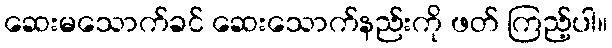
ဆေးမသောက်ခင် ဆေးသောက်နည်းကို ဖတ် ကြည့်ပါ။